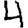
Digit: 4